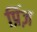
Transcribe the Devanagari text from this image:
प्रिंज़